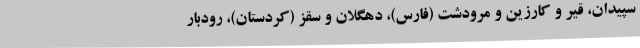
سپیدان، قیر و کارزین و مرودشت (فارس)، دهگلان و سقز (کردستان)، رودبار